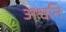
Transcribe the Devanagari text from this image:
अश्वनि